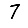
Digit: 7